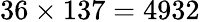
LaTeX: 36\times 137=4932